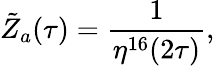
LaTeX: {\tilde{Z}}_{a}(\tau)=\frac{1}{\eta^{16}(2\tau)},